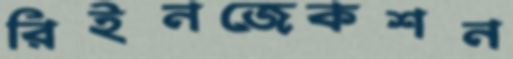
রিইনজেকশন